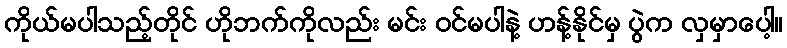
ကိုယ်မပါသည့်တိုင် ဟိုဘက်ကိုလည်း မင်း ဝင်မပါနဲ့ ဟန့်နိုင်မှ ပွဲက လှမှာပေါ့။